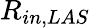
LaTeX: R_{in,LAS}